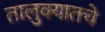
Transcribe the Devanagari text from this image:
तालुक्यातचे